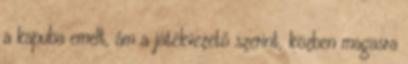
a kapuba emelt, ám a játékvezető szerint, közben magasra